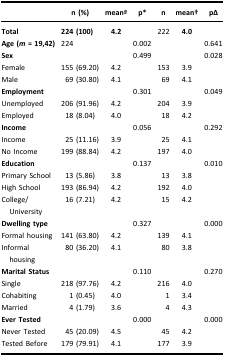
<table><thead><tr><td><b> </b></td><td><b>n (%)</b></td><td><b>meana</b></td><td><b>p*</b></td><td><b>n</b></td><td><b>mean†</b></td><td><b>p∆</b></td></tr></thead><tbody><tr><td><b>Total</b></td><td><b>224 (100)</b></td><td><b>4.2</b></td><td> </td><td>222</td><td><b>4.0</b></td><td> </td></tr><tr><td><b>Age (<i>m</i> = 19,42)</b></td><td>224</td><td> </td><td>0.002</td><td> </td><td> </td><td>0.641</td></tr><tr><td><b>Sex</b></td><td> </td><td> </td><td>0.499</td><td> </td><td> </td><td>0.028</td></tr><tr><td>Female</td><td>155 (69.20)</td><td>4.2</td><td> </td><td>153</td><td>3.9</td><td> </td></tr><tr><td>Male</td><td>69 (30.80)</td><td>4.1</td><td> </td><td>69</td><td>4.1</td><td> </td></tr><tr><td><b>Employment</b></td><td> </td><td> </td><td>0.301</td><td> </td><td> </td><td>0.049</td></tr><tr><td>Unemployed</td><td>206 (91.96)</td><td>4.2</td><td> </td><td>204</td><td>3.9</td><td> </td></tr><tr><td>Employed</td><td>18 (8.04)</td><td>4.0</td><td> </td><td>18</td><td>4.2</td><td> </td></tr><tr><td><b>Income</b></td><td> </td><td> </td><td>0.056</td><td> </td><td> </td><td>0.292</td></tr><tr><td>Income</td><td>25 (11.16)</td><td>3.9</td><td> </td><td>25</td><td>4.1</td><td> </td></tr><tr><td>No Income</td><td>199 (88.84)</td><td>4.2</td><td> </td><td>197</td><td>4.0</td><td> </td></tr><tr><td><b>Education</b></td><td> </td><td> </td><td>0.137</td><td> </td><td> </td><td>0.010</td></tr><tr><td>Primary School</td><td>13 (5.86)</td><td>3.8</td><td> </td><td>13</td><td>3.8</td><td> </td></tr><tr><td>High School</td><td>193 (86.94)</td><td>4.2</td><td> </td><td>192</td><td>4.0</td><td> </td></tr><tr><td>College/University</td><td>16 (7.21)</td><td>4.2</td><td> </td><td>15</td><td>4.2</td><td> </td></tr><tr><td colspan="2"><b>Dwelling type</b></td><td> </td><td>0.327</td><td> </td><td> </td><td>0.000</td></tr><tr><td>Formal housing</td><td>141 (63.80)</td><td>4.2</td><td> </td><td>139</td><td>4.1</td><td> </td></tr><tr><td>Informal housing</td><td>80 (36.20)</td><td>4.1</td><td> </td><td>80</td><td>3.8</td><td> </td></tr><tr><td colspan="2"><b>Marital Status</b></td><td> </td><td>0.110</td><td> </td><td> </td><td>0.270</td></tr><tr><td>Single</td><td>218 (97.76)</td><td>4.2</td><td> </td><td>216</td><td>4.0</td><td> </td></tr><tr><td>Cohabiting</td><td>1 (0.45)</td><td>4.0</td><td> </td><td>1</td><td>3.4</td><td> </td></tr><tr><td>Married</td><td>4 (1.79)</td><td>3.6</td><td> </td><td>4</td><td>4.3</td><td> </td></tr><tr><td><b>Ever Tested</b></td><td> </td><td> </td><td>0.000</td><td> </td><td> </td><td>0.000</td></tr><tr><td>Never Tested</td><td>45 (20.09)</td><td>4.5</td><td> </td><td>45</td><td>4.2</td><td> </td></tr><tr><td>Tested Before</td><td>179 (79.91)</td><td>4.1</td><td> </td><td>177</td><td>3.9</td><td> </td></tr></tbody></table>